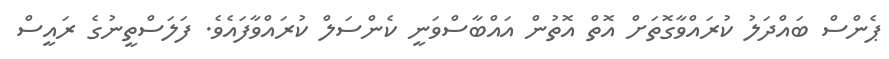
ޕެންސް ބައްދަލު ކުރައްވާގޮތަށް އޮތް އޮތުން އައްބާސްވަނީ ކެންސަލް ކުރައްވާފައެވެ. ފަލަސްތީނުގެ ރައީސް